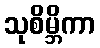
သုစိမ္ဘိကာ